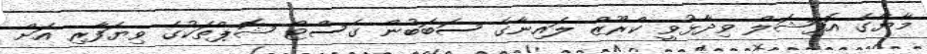
މާޔާގެ އޮފިޝަލް ވިދާޅުވީ ކްރޫޒް ލައިނާގެ ސަބަބުން ގެސްޓް ޝޮޕްތަކުގެ ވިޔަފާރި އަށް